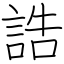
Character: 誥